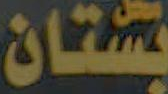
بستان